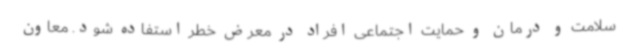
سلامت و درمان و حمایت اجتماعی افراد در معرض خطر استفاده شود. معاون